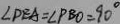
\angle D E A = \angle P B O = 9 0 ^ { \circ }